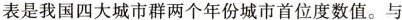
表是我国四大城市群两个年份城市首位度数值。与